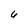
Character: 6